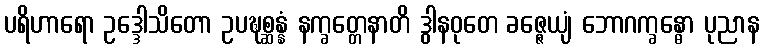
ပရိဟာရော ဥဒ္ဒေါသိတော ဥပဍ္ဎစ္ဆန္နံ နက္ခတ္တေနာတိ ဒွါနဝုတေ ခဇ္ဇေယျံ ဘောဂက္ခန္ဓော ပုညာန